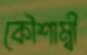
কৌশাম্বী